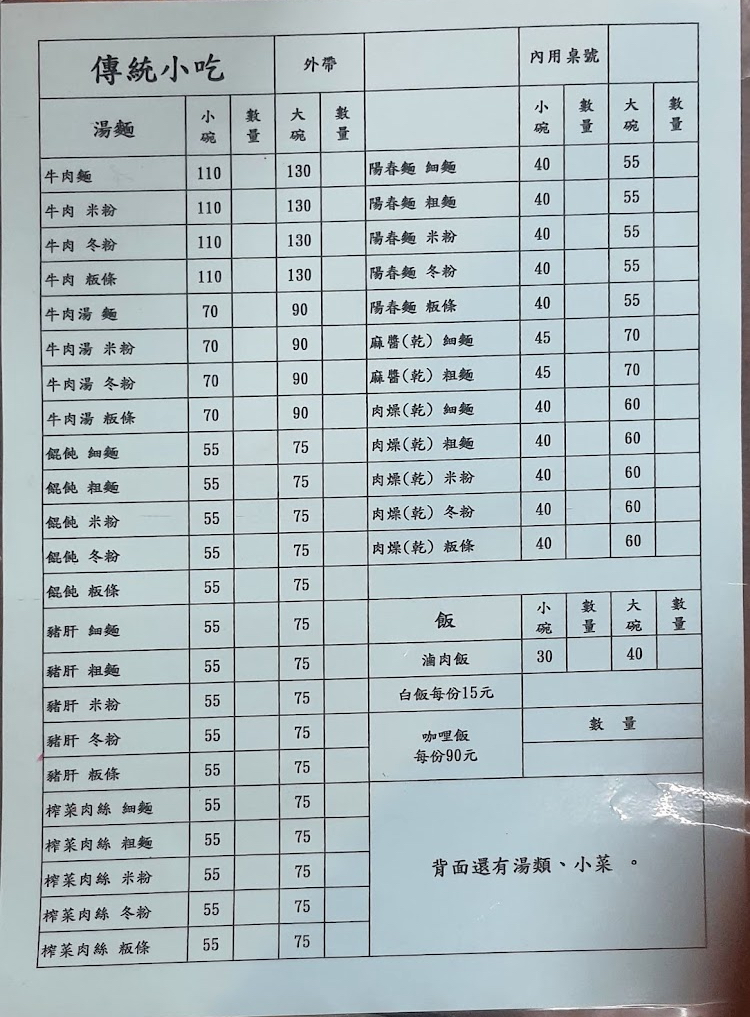
餐廳：傳統小吃
菜單：
name: 牛肉麵(小碗)
price: 110
name: 牛肉麵(大碗)
price: 130
name: 陽春麵细麵(小碗)
price: 40
name: 陽春麵细麵(大碗)
price: 55
name: 牛肉米粉(小碗)
price: 110
name: 牛肉米粉(大碗)
price: 130
name: 陽春麵粗麵(小碗)
price: 40
name: 陽春麵粗麵(大碗)
price: 55
name: 牛肉冬粉(小碗)
price: 110
name: 牛肉冬粉(大碗)
price: 130
name: 陽春麵米粉(小碗)
price: 40
name: 陽春麵米粉(大碗)
price: 55
name: 牛肉粄條(小碗)
price: 110
name: 牛肉粄條(大碗)
price: 130
name: 陽春麵冬粉(小碗)
price: 40
name: 陽春麵冬粉(大碗)
price: 55
name: 牛肉湯麵(小碗)
price: 70
name: 牛肉湯麵(大碗)
price: 90
name: 牛肉湯米粉(小碗)
price: 70
name: 牛肉湯米粉(大碗)
price: 90
name: 麻醬(乾)細麵(小碗)
price: 45
name: 麻醬(乾)細麵(大碗)
price: 70
name: 麻醬(乾)粗麵(小碗)
price: 45
name: 麻醬(乾)粗麵(大碗)
price: 70
name: 牛肉湯冬粉(小碗)
price: 70
name: 牛肉湯冬粉(大碗)
price: 90
name: 牛肉湯粄條(小碗)
price: 70
name: 牛肉湯粄條(大碗)
price: 90
name: 肉燥(乾)細麵(小碗)
price: 40
name: 肉燥(乾)細麵(大碗)
price: 60
name: 餛飩細麵(小碗)
price: 55
name: 餛飩細麵(大碗)
price: 75
name: 肉燥(乾)粗麵(小碗)
price: 40
name: 肉燥(乾)粗麵(大碗)
price: 60
name: 餛飩粗麵(小碗)
price: 55
name: 餛飩粗麵(大碗)
price: 75
name: 肉燥(乾)米粉(小碗)
price: 40
name: 肉燥(乾)米粉(大碗)
price: 60
name: 餛飩米粉(小碗)
price: 55
name: 餛飩米粉(大碗)
price: 75
name: 肉燥(乾)冬粉(小碗)
price: 40
name: 肉燥(乾)冬粉(大碗)
price: 60
name: 餛飩冬粉(小碗)
price: 55
name: 餛飩冬粉(大碗)
price: 75
name: 肉燥(乾)粄條(小碗)
price: 40
name: 肉燥(乾)粄條(大碗)
price: 60
name: 餛飩粄條(小碗)
price: 55
name: 餛飩粄條(大碗)
price: 75
name: 豬肝細麵(小碗)
price: 55
name: 豬肝細麵(大碗)
price: 75
name: 豬肝粗麵(小碗)
price: 55
name: 豬肝粗麵(大碗)
price: 75
name: 滷肉飯(小碗)
price: 30
name: 滷肉飯(大碗)
price: 40
name: 豬肝米粉(小碗)
price: 55
name: 豬肝米粉(大碗)
price: 75
name: 豬肝冬粉(小碗)
price: 55
name: 豬肝冬粉(大碗)
price: 75
name: 豬肝粄條(小碗)
price: 55
name: 豬肝粄條(大碗)
price: 75
name: 榨菜肉絲細麵(小碗)
price: 55
name: 榨菜肉絲細麵(大碗)
price: 75
name: 榨菜肉絲粗麵(小碗)
price: 55
name: 榨菜肉絲粗麵(大碗)
price: 75
name: 榨菜肉絲米粉(小碗)
price: 55
name: 榨菜肉絲米粉(大碗)
price: 75
name: 榨菜肉絲冬粉(小碗)
price: 55
name: 榨菜肉絲冬粉(大碗)
price: 75
name: 榨菜肉絲粄條(小碗)
price: 55
name: 榨菜肉絲粄條(大碗)
price: 75
name: 白飯
price: 15
name: 咖哩飯
price: 90